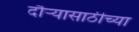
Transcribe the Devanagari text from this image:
दौऱ्यासाठीच्या